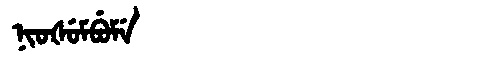
Manchu: ᠨᡳᠣᡧᡠᠮᠪᡠᠮᡝ
Romanization: NIOŠUMBUME